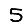
Digit: 5